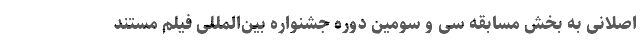
اصلانی به بخش مسابقه سی و سومین دوره جشنواره بین‌المللی فیلم مستند